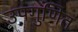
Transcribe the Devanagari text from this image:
उपगुणित